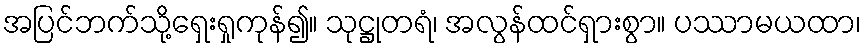
အပြင်ဘက်သို့ရှေးရှုကုန်၍။ သုဋ္ဌုတရံ၊ အလွန်ထင်ရှားစွာ။ ပဿာမယထာ၊